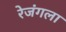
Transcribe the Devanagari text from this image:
रेजंगला